Annual administration report of the Bombay Presidency - 1887-1892
Year: 1887
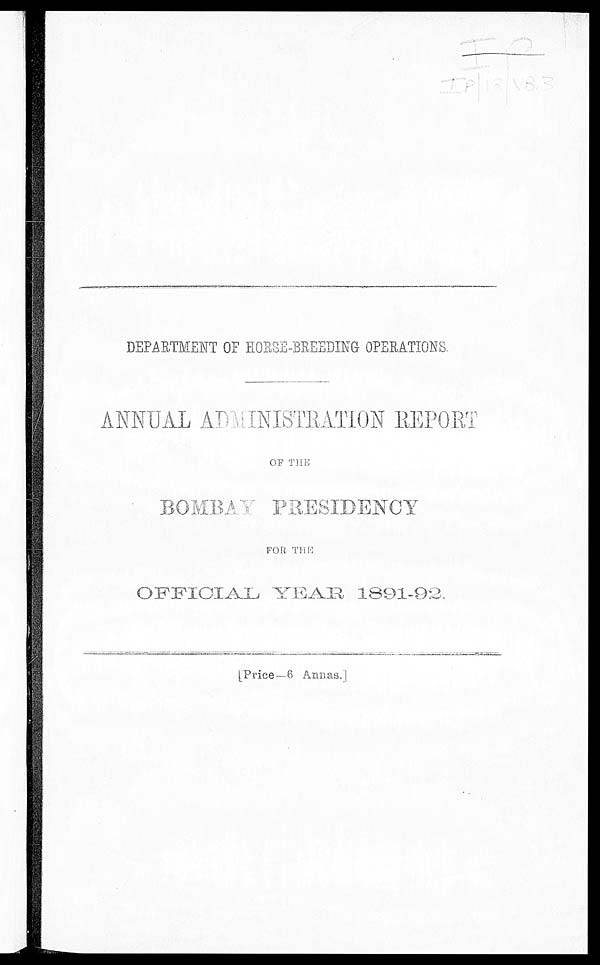
DEPARTMENT OF HORSE-BREEDING OPERATIONS.
ANNUAL
ADMINISTRATION
REPORT
OF THE
BOMBAY PRESIDENCY
FOR THE
OFFICIAL YEAR. 1891-92.
Price—6 Annas.]